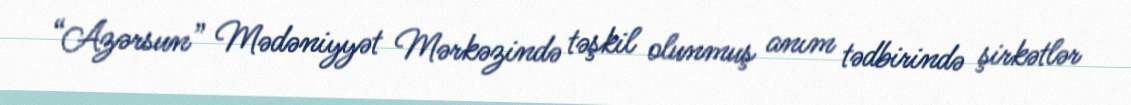
“Azərsun” Mədəniyyət Mərkəzində təşkil olunmuş anım tədbirində şirkətlər